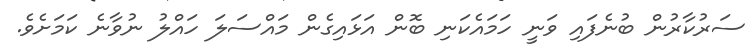
ސަރުކާރުން ބުނެފައި ވަނީ ހަމައެކަނި ބޮން އަޅައިގެން މައްސަލަ ހައްލު ނުވާނެ ކަމަށެވެ.